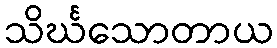
သိင်္ဃသောတာယ